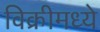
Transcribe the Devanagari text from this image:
विक्रीमध्ये